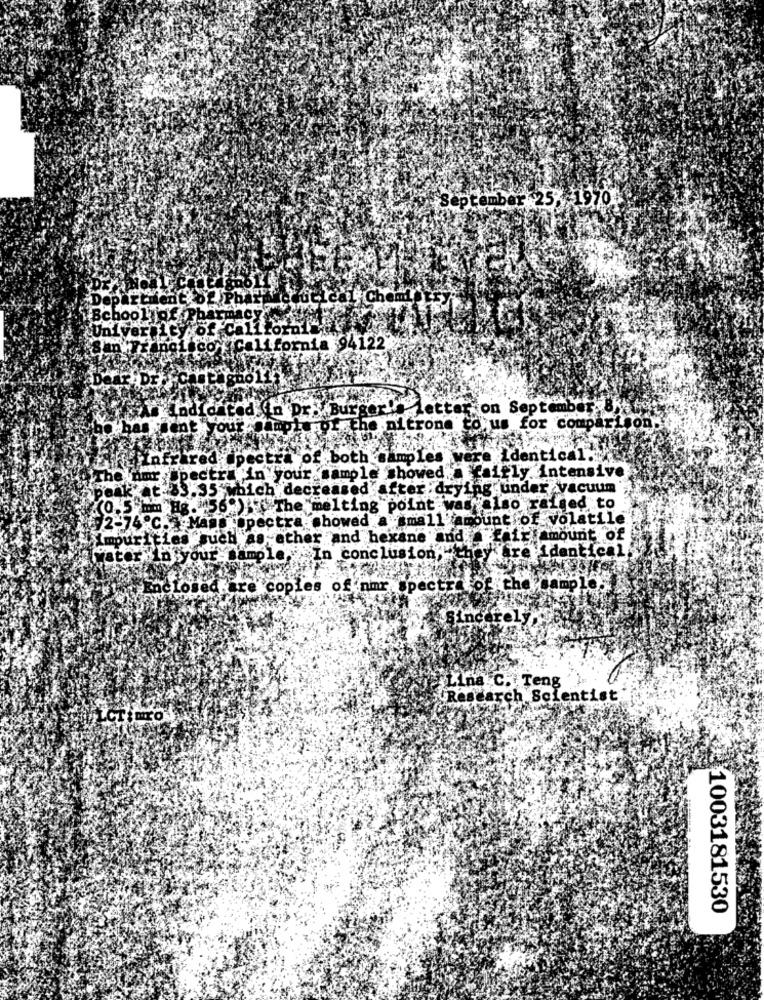
September 25%
70
cal Cheml
School of P
University of Callto
of California 94122
ho1
farAs indicated in Dr. Burger" letter
on September 8
has sent your gang
of the nitrone to us for comparison.
infrared ipectra of both samples were identical.
he Amr ;Spectra in your sample showed. Caifly intensive
Beak at:83.35 which decreased after :drying under vacuum
(0.5 mm Hg."56 ) The melting point was also raised to
2-74 ℃. Mam :@pectra showed a small amount of volatile
Impurities such as ather and hexane and . fair amount of
"are identical
Water in your sample, In conclusion,"th
Enclosed are copies of nmr spectr ,of the sample.
Lina C. Teng
Research Scientist
ro
1003181530